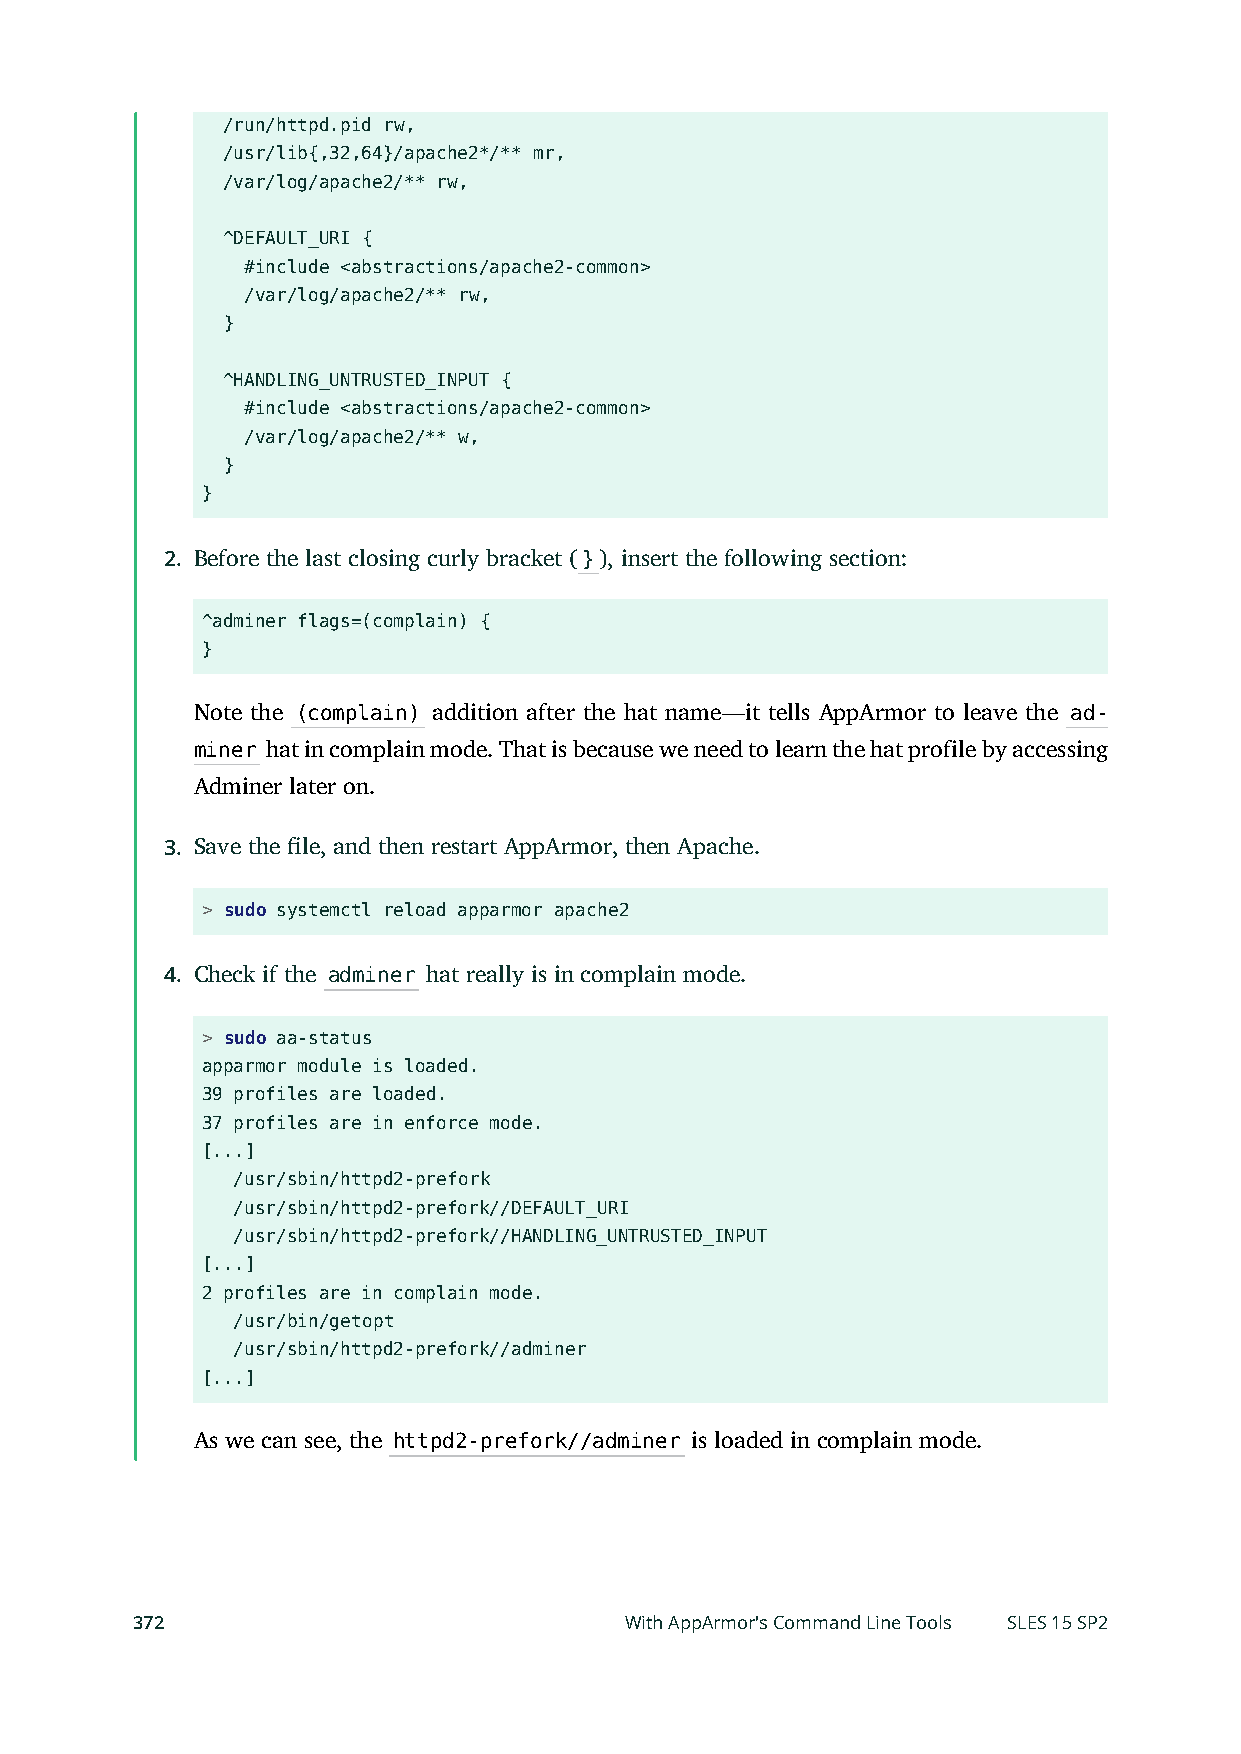
/run/httpd.pid rw,
 /usr/lib{,32,64}/apache2*/** mr,
 /var/log/apache2/** rw,
 ^DEFAULT_URI {
 #include <abstractions/apache2-common>
 /var/log/apache2/** rw,
 }
 ^HANDLING_UNTRUSTED_INPUT {
 #include <abstractions/apache2-common>
 /var/log/apache2/** w,
 }
 }
 2. Before the last closing curly bracket (}), insert the following section:
 ^adminer flags=(complain) {
 }
 Note the (complain) addition after the hat name—it tells AppArmor to leave the ad-
 miner hat in complain mode. That is because we need to learn the hat profile by accessing
 Adminer later on.
 3. Save the le, and then restart AppArmor, then Apache.
 > sudo systemctl reload apparmor apache2
 4. Check if the adminer hat really is in complain mode.
 > sudo aa-status
 apparmor module is loaded.
 39 profiles are loaded.
 37 profiles are in enforce mode.
 [...]
 /usr/sbin/httpd2-prefork
 /usr/sbin/httpd2-prefork//DEFAULT_URI
 /usr/sbin/httpd2-prefork//HANDLING_UNTRUSTED_INPUT
 [...]
 2 profiles are in complain mode.
 /usr/bin/getopt
 /usr/sbin/httpd2-prefork//adminer
 [...]
 As we can see, the httpd2-prefork//adminer is loaded in complain mode.
 372                             With AppArmor's Command Line Tools SLES 15 SP2